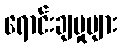
ရောင်းချမှုများ